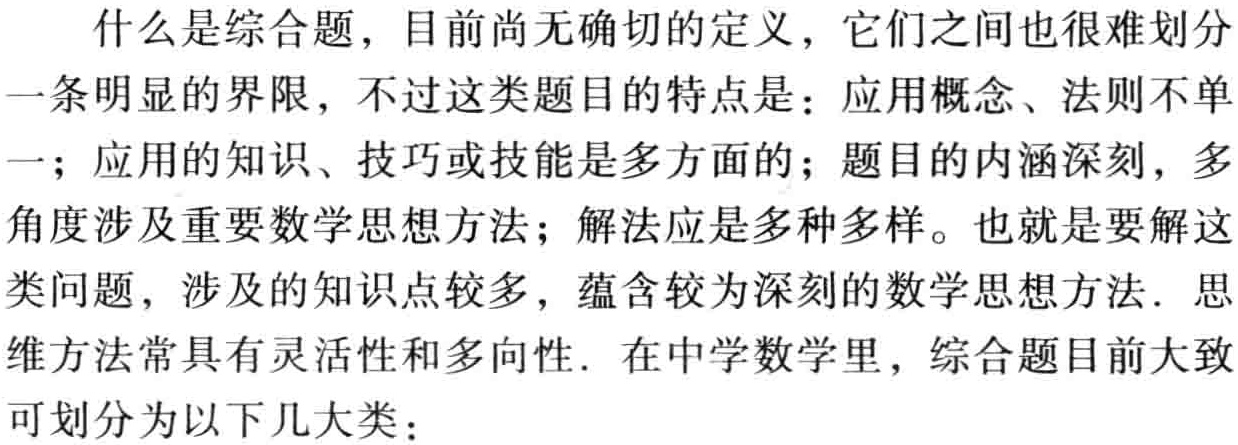
什么是综合题，目前尚无确切的定义，它们之间也很难划分一条明显的界限，不过这类题目的特点是：应用概念、法则不单一；应用的知识、技巧或技能是多方面的；题目的内涵深刻，多角度涉及重要数学思想方法；解法应是多种多样。也就是要解这类问题，涉及的知识点较多，蕴含较为深刻的数学思想方法．思维方法常具有灵活性和多向性．在中学数学里，综合题目前大致可划分为以下几大类：